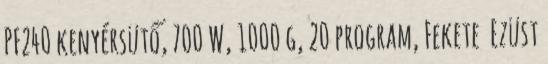
PF240 kenyérsütő, 700 W, 1000 g, 20 program, Fekete Ezüst